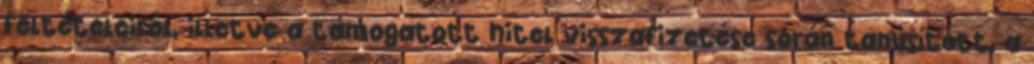
feltételeiről, illetve a támogatott hitel visszafizetése során tanúsított, a